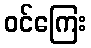
ဝင်ကြေး